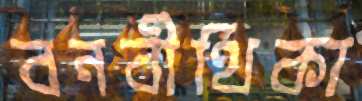
বনবীথিকা